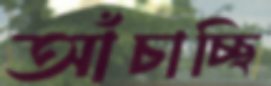
আঁচাচ্ছি